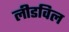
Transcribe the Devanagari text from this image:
लीडविल